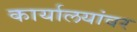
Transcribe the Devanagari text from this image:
कार्यालयांवर